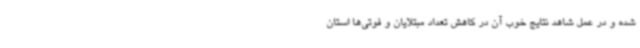
شده و در عمل شاهد نتایج خوب آن در کاهش تعداد مبتلایان و فوتی‌ها استان